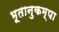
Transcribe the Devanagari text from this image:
भूतानुकम्पा